Medical and sanitary report of the native army of Madras for the year
Year: 1872
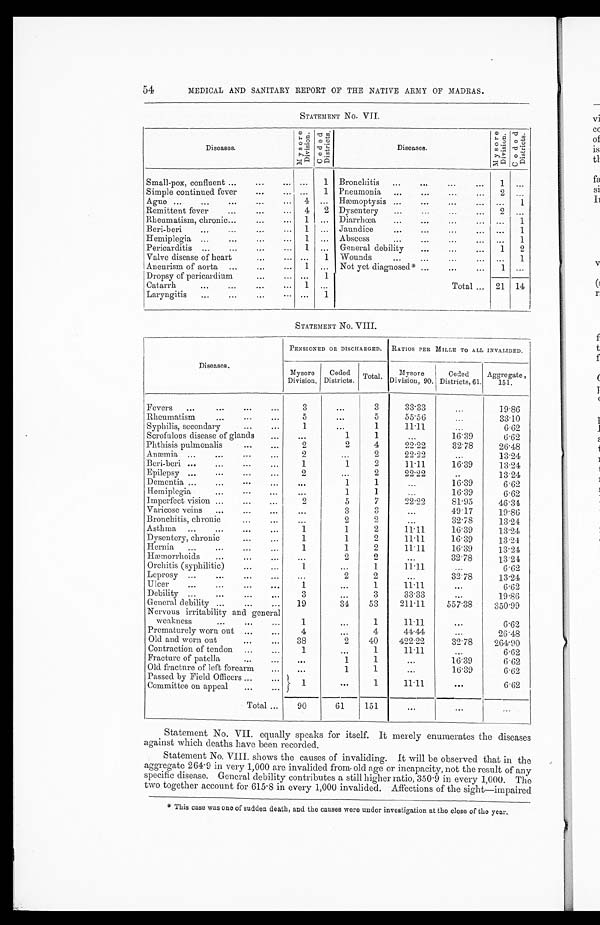
54
MEDICAL AND SANITARY REPORT OF THE NATIVE ARMY OF MADRAS.
STATEMENT No. VII.
Diseases.
My s o r e
D i v i s i o n .
C e d e d
D i s t r i c t s .
Diseases.
M y s o r e
D i v i s i o n .
C e d e d
D i v i s i o n .
Small-pox, confluent ...
...
... ...
1
Bronchitis ...
...
...
...
1 ...
Simple continued fever
...
... ...
1 Pneumonia ...
...
...
2 ...
Ague ...
...
...
...
... 4 ... Hæmoptysis ...
...
...
... ...
1
Remittent fever
...
...
... 4
2 Dysentery
...
...
2 ...
Rheumatism, chronic...
...
... 1 ... Diarrhœa
...
...
...
... ...
1
Beri-beri
...
...
...
... 1 ... Jaundice
...
...
...
... ...
1
Hemiplegia ...
...
...
...
1 ... Abscess
...
...
...
... ...
1
Pericarditis ...
...
... 1 ... General debility
...
...
...
1
2
Valve disease of heart
...
... ...
1 Wounds
...
...
...
... ...
1
Aneurism of aorta ...
... 1 ... Not yet diagnosed* ...
...
...
1
Dropsy of pericardium
...
... ...
1
Catarrh
...
...
...
... 1 ...
Total... 21 14
Laryngitis
...
...
. ...
1
STATEMENT No. VIII.
PENSIONED OR DISCHARGED. RATIOS PER MILLE TO ALL INVALIDED.
Diseases.
M y s o r e
Division.
CededD i s t r i c t s .
T o t a l .
M y s o r e
D i v i s i o n , 9 0 .
Ceded
Districts, 61.
Aggregate,
151.
Fevers
...
...
...
...
3
...
3
33.33
...
19.86
Rheumatism
...
...
. . .
5
. . .
5
55.56 ...
33.10
Syphilis, secondary
...
...
1
...
1
11.11
...
6.62
Scrofulous disease of glands
...
. . . .
1
1
...
16.39
6.62
Phthisis pulmonalis
...
...
2
2
4
22.22
32.78
26.48
Anæmia ...
...
...
...
2
...
2
22.22
...
13.24
Beri-beri ...
...
...
...
1
1
2
11.11
16.39
13.24
Epilepsy ...
...
...
...
2
...
2
22.22
...
13.24
Dementia ...
...
...
...
. . .
1
1
. . .
16.39
6.62
Hemiplegia
...
...
...
...
1
1
...
16.39
6.62
Imperfect vision ...
...
...
2
5
7
22.22
81.95
46.34
Varicose veins
...
...
...
...
3
3
...
49.17
19.86
Bronchitis, chronic
...
...
2
2
...
32.78
13.24
Asthma ...
...
...
1
1
2
11.11
16.39
13.24
Dysentery, chronic
...
...
1
1
2
11.11
16.39
13.24
Hernia
...
...
...
...
1
1
2
11.11
16.39
13.24
Hæmorrhoids
...
...
...
...
2
2
...
32.78
13.24
Orchitis (syphilitic)
...
...
1
...
1
11.11 ...
6.62
Leprosy ...
...
...
...
...
2
2
...
32.78
13.24
Ulcer
...
...
...
...
1
...
1
11.11
...
6.62
Debility ...
...
...
...
3
...
3
33.33
...
19.86
General debility ...
...
...
19
34
53
211.11
557.38
350.99
Nervous irritability and general
weakness
...
...
...
1
...
1
11.11
...
6.62
Prematurely worn out ...
...
...
4
4 4 . 4 4
. . .
26.48
Old and worn out
...
...
38
2
40
422.22
32.78
264.90
Contraction of tendon ...
...
1
...
1
11.11
...
6.62
Fracture of patella
...
...
. . .
1
1
...
16.39
6.62
Old fracture of left forearm
...
...
1
1
...
16.39
6.62
Passed by Field Officers ...
. . .
1
. . .
1
11.11
. . .
6.62
Committee on appeal
...
Total ...
90
61
151
...
...
...
Statement No. VII. equally speaks for itself. It merely enumerates the diseases
against which deaths have been recorded.
Statement No. VIII. shows the causes of invaliding. It will be observed that in the
aggregate 264.9 in very 1,000 are invalided from old age or incapacity, not the result of any
specific disease. General debility contributes a still higher ratio, 350.9 in every 1,000. Th
e t w o t o g e t h e r a c c o u n t f o r 6 1 5 . 8 i n e v e r y 1 , 0 0 0 i n v a l i d e d . A f f e c t i o n s o f t h e s i g h t — i m p a i r e d
* This case was one of sudden death, and the causes were under investigation at the close of the year.